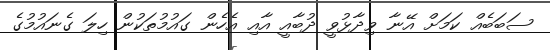
ސަބަބެއް ކަމަށް އޭނާ ވިދާޅުވީ ދުބާއީ އާއި އެހެން ގައުމުތަކުން ހިލަ ގެނައުމުގެ